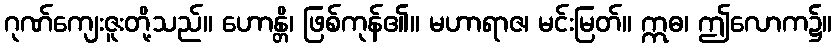
ဂုဏ်ကျေးဇူးတို့သည်။ ဟောန္တိ၊ ဖြစ်ကုန်၏။ မဟာရာဇ၊ မင်းမြတ်။ ဣဓ၊ ဤလောက၌။